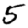
Digit: 5